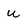
Character: u